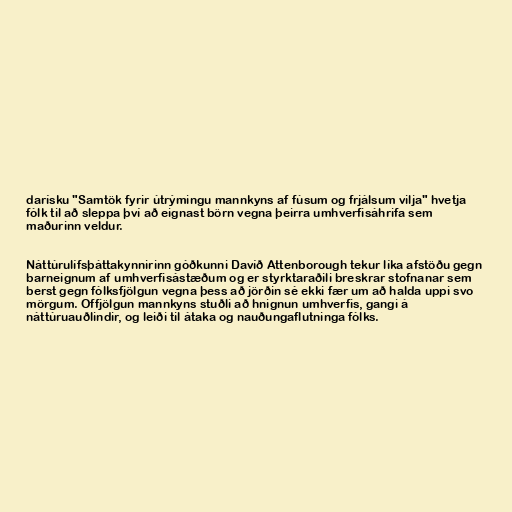
darísku "Samtök fyrir útrýmingu mannkyns af fúsum og frjálsum vilja" hvetja
fólk til að sleppa því að eignast börn vegna þeirra umhverfisáhrifa sem
maðurinn veldur.

Náttúrulífsþáttakynnirinn góðkunni Davíð Attenborough tekur líka afstöðu gegn
barneignum af umhverfisástæðum og er styrktaraðili breskrar stofnanar sem
berst gegn fólksfjölgun vegna þess að jörðin sé ekki fær um að halda uppi svo
mörgum. Offjölgun mannkyns stuðli að hnignun umhverfis, gangi á
náttúruauðlindir, og leiði til átaka og nauðungaflutninga fólks.